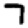
Digit: 7